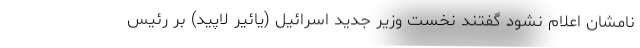
نامشان اعلام نشود گفتند نخست وزیر جدید اسرائیل (یائیر لاپید) بر رئیس